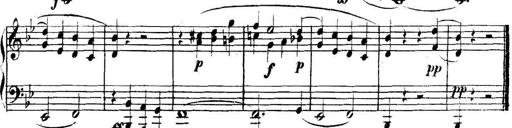
Title: Collected Piano Sonatas
Composer: Muzio Clementi